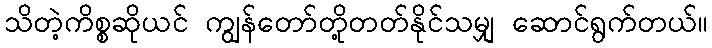
သိတဲ့ကိစ္စဆိုယင် ကျွန်တော်တို့တတ်နိုင်သမျှ ဆောင်ရွက်တယ်။